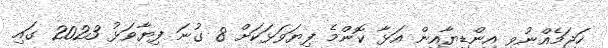
ހަޖަމެއްނުވި އިންޑިޔާއިން އަޅާ ކޮންމެ ފިޔަވަޅަކަށް 8 ގުނަ ފިޔާވަޅު 2023 ގައި